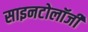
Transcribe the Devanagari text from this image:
साइनटोलॉजी